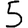
Digit: 5